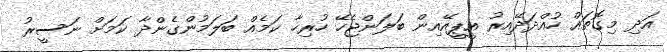
އަދި މިގޮތައް ހުއްދަދޭއިރު އީޕީއޭއިން ބަލަންޖެހޭ ހުރިހާ ކަމެއް ބަލަމުންގެންދާ ކަމަށް ނަސީރު